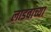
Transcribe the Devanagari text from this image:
लाडवाच्या